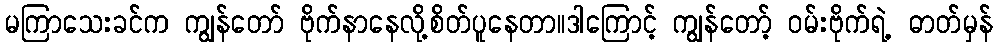
မကြာသေးခင်က ကျွန်တော် ဗိုက်နာနေလို့စိတ်ပူနေတာ။ဒါကြောင့် ကျွန်တော့် ဝမ်းဗိုက်ရဲ့ ဓာတ်မှန်